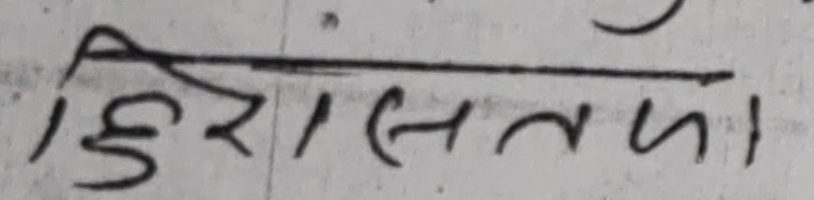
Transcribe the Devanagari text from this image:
हिरासतमा